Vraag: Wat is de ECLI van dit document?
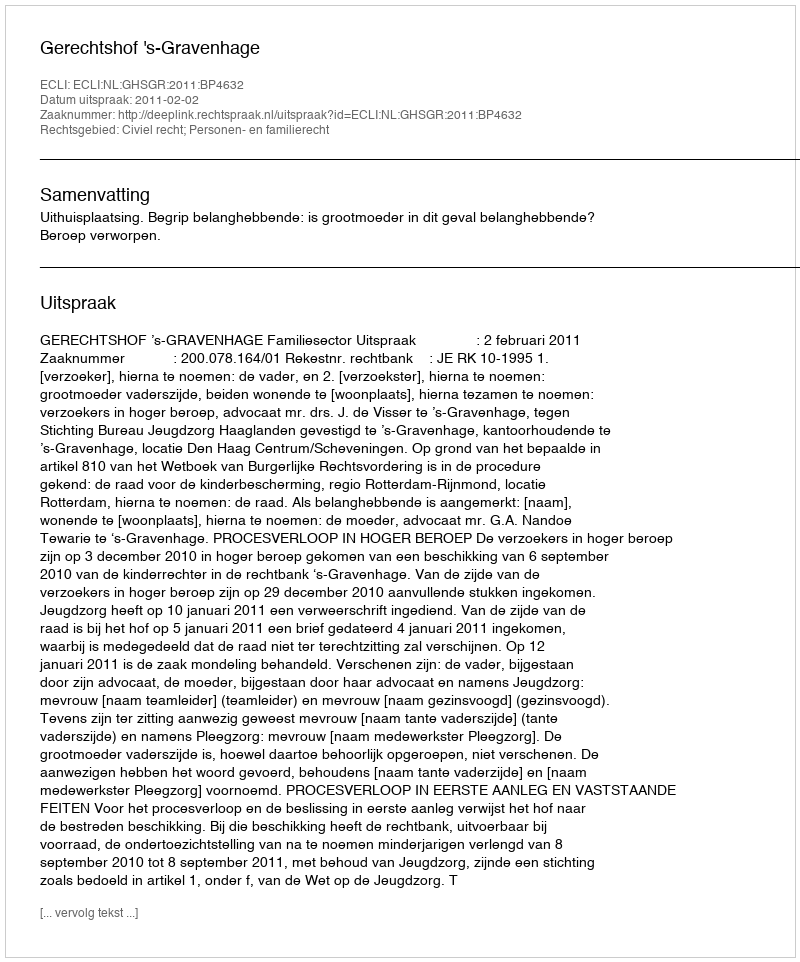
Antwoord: ECLI:NL:GHSGR:2011:BP4632